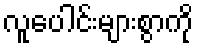
လူပေါင်းများစွာကို